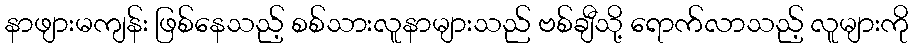
နာဖျားမကျန်း ဖြစ်နေသည့် စစ်သားလူနာများသည် ဗစ်ချီသို့ ရောက်လာသည့် လူများကို